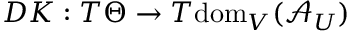
D K : T \Theta \to T \mathrm { d o m } _ { V } ( \mathcal { A } _ { U } )